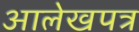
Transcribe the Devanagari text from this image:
आलेखपत्र